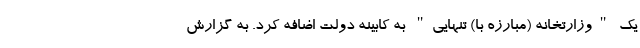
یک "وزارتخانه (مبارزه با) تنهایی" به کابینه دولت اضافه کرد. به گزارش